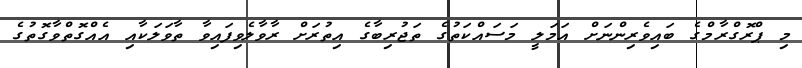
މި ޕްރޮގްރާމްގެ ބައިވެރިންނަށް އަމަލީ މަސައްކަތުގެ ތަޖުރިބާގެ އިތުރަށް ރާވާލެވިފައިވާ ތާވަލަކާއި އެއްގޮތްވާގޮތުގެ